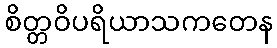
စိတ္တဝိပရိယာသကတေန